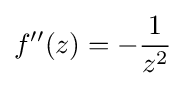
f''(z)=-{\frac {1}{z^{2}}}